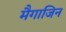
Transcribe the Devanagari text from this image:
मैगाजिन